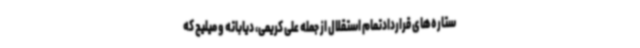
ستاره‌های قراردادتمام استقلال از جمله علی کریمی، دیاباته و میلیچ که